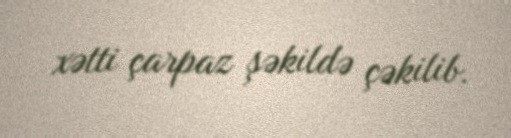
xətti çarpaz şəkildə çəkilib.